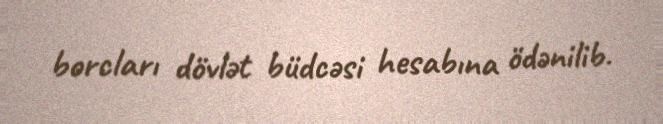
borcları dövlət büdcəsi hesabına ödənilib.